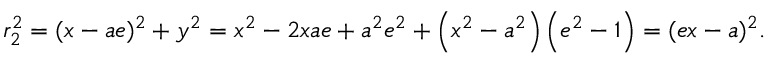
r _ { 2 } ^ { 2 } = ( x - a e ) ^ { 2 } + y ^ { 2 } = x ^ { 2 } - 2 x a e + a ^ { 2 } e ^ { 2 } + \left( x ^ { 2 } - a ^ { 2 } \right) \left( e ^ { 2 } - 1 \right) = ( e x - a ) ^ { 2 } .